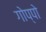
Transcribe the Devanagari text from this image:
गोप्पो